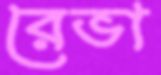
রেভা